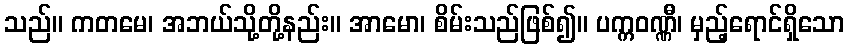
သည်။ ကတမေ၊ အဘယ်သို့တို့နည်း။ အာမော၊ စိမ်းသည်ဖြစ်၍။ ပက္ကဝဏ္ဏီ၊ မှည့်ရောင်ရှိသော